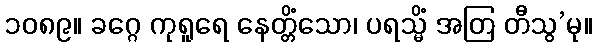
၁၀၈၉။ ခဂ္ဂေ ကုရူရေ နေတ္တိံသော၊ ပရသ္မိံ အတြ တီသွ’မု။